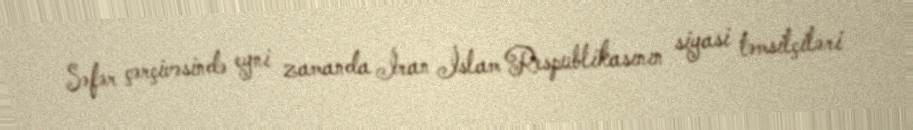
Səfər çərçivəsində eyni zamanda İran İslam Respublikasının siyasi təmsilçiləri